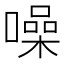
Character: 噪